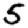
Digit: 5